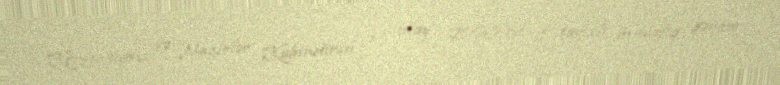
Konvensiyası və Nazirlər Kabinetinin 13 may 2003-cü il tarixli müvafiq qərarı